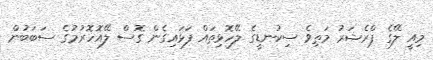
މިއީ ލޭގެ ޕްރެޝަރު މަތިވެ ސިކުނޑީގެ ލޭހޮޅިތައް ފަޅައިގެން ގޮސް ލޭއޮހޮރުމުގެ ސަބަބުން